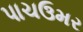
પાચઉમર